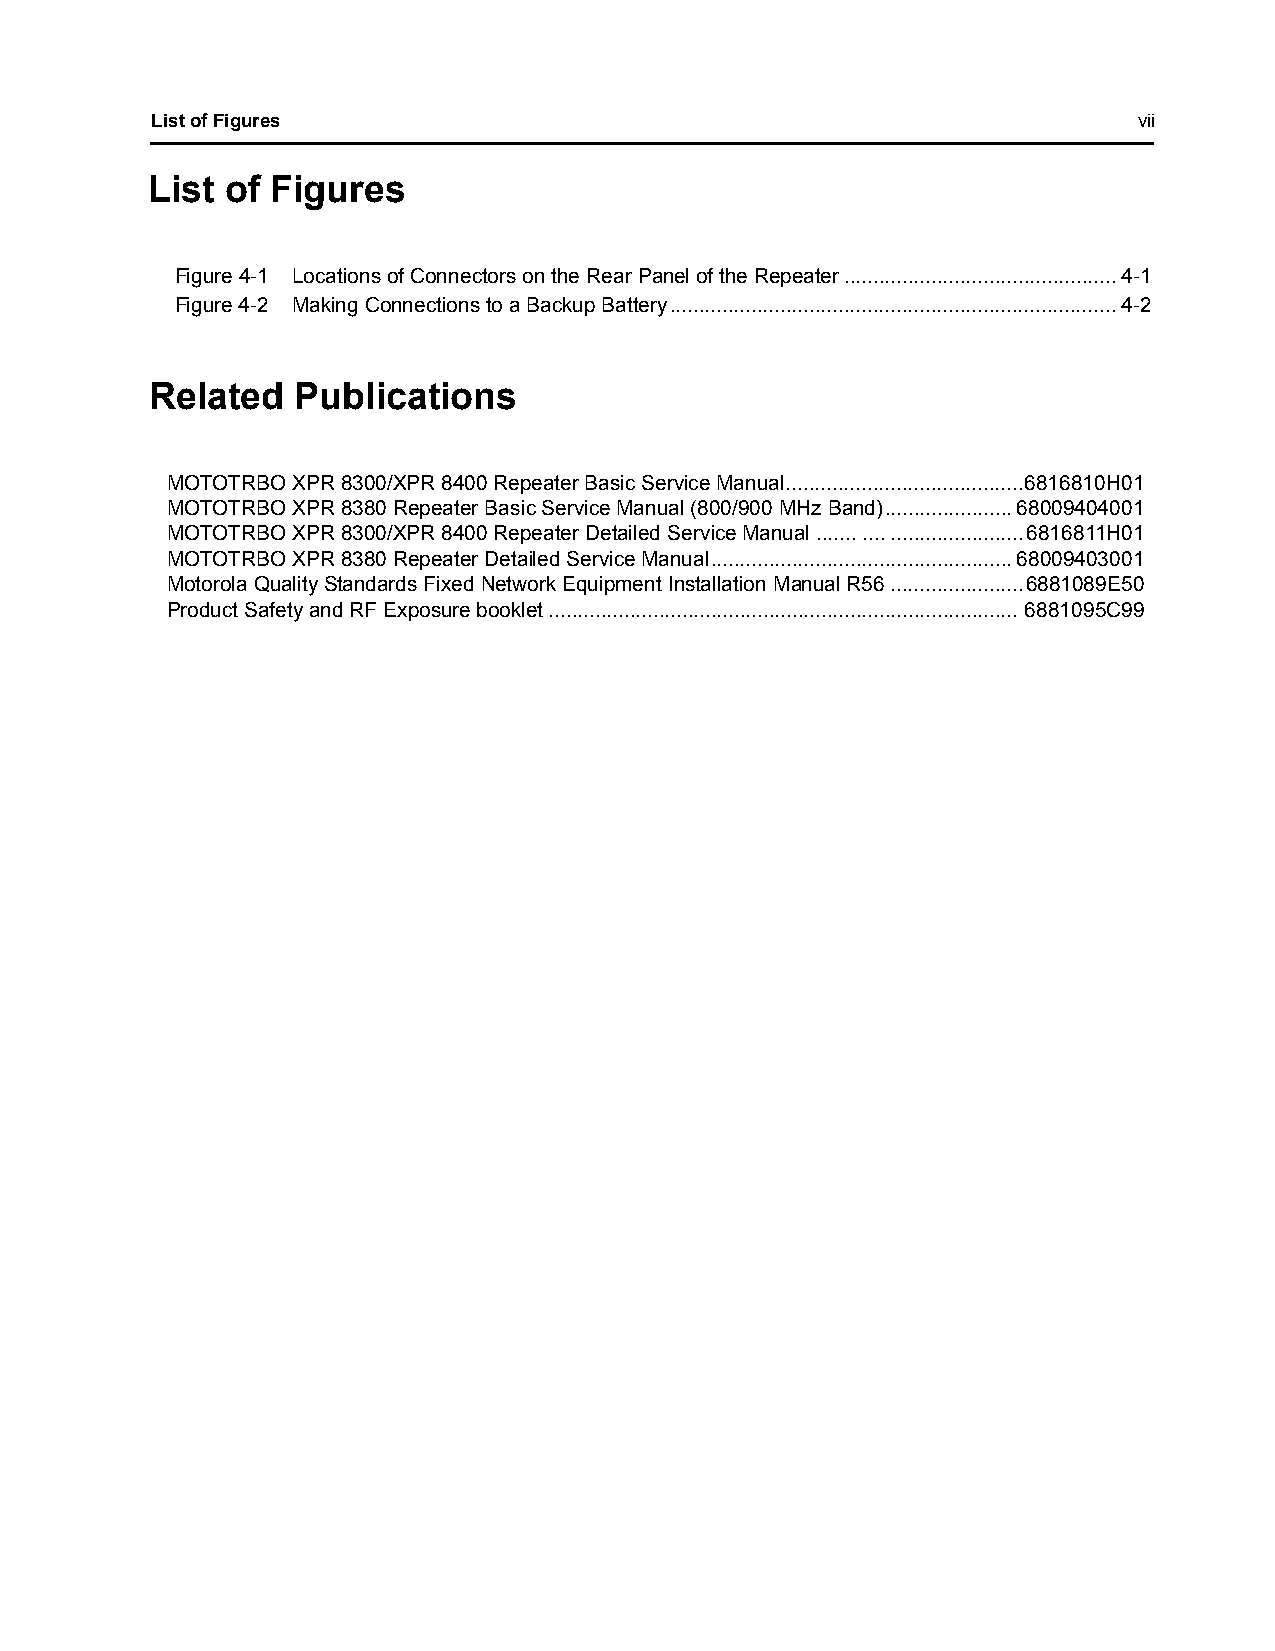
List of Figures                                                  vii
 List of Figures
 Figure 4-1 Locations of Connectors on the Rear Panel of the Repeater...............................................4-1
 Figure 4-2 Making Connections to a Backup Battery.............................................................................4-2
 Related  Publications
 MOTOTRBO XPR 8300/XPR 8400 Repeater Basic Service Manual.........................................6816810H01
 MOTOTRBO XPR 8380 Repeater Basic Service Manual (800/900 MHz Band)......................68009404001
 MOTOTRBO XPR 8300/XPR 8400 Repeater Detailed Service Manual ....... ...........................6816811H01
 MOTOTRBO XPR 8380 Repeater Detailed Service Manual....................................................68009403001
 Motorola Quality Standards Fixed Network Equipment Installation Manual R56 .......................6881089E50
 Product Safety and RF Exposure booklet................................................................................. 6881095C99